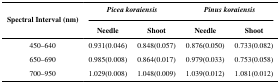
| <ROWSPAN=3> Spectral Interval (nm) | <COLSPAN=2> Picea koraiensis | <COLSPAN=2> Pinus koraiensis |
 | Needle | Shoot | Needle | Shoot |
 | --- | --- | --- | --- | --- |
 | 450–640 | 0.931(0.046) | 0.848(0.057) | 0.876(0.050) | 0.733(0.082) |
 | 650–690 | 0.985(0.008) | 0.864(0.017) | 0.979(0.033) | 0.753(0.058) |
 | 700–950 | 1.029(0.008) | 1.048(0.009) | 1.039(0.012) | 1.081(0.012) |